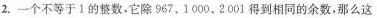
2. 一个不等于1的整数，它除967、1000、2001得到相同的余数，那么这